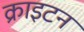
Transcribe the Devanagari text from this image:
क्राइटन